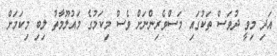
އަދި މިވީ ދުވަސް ތަކުގައި މަސްވެރިންނަށް ވެސް މިކަމުގެ މައުލޫމާތު ލިބި މިކަމަށް